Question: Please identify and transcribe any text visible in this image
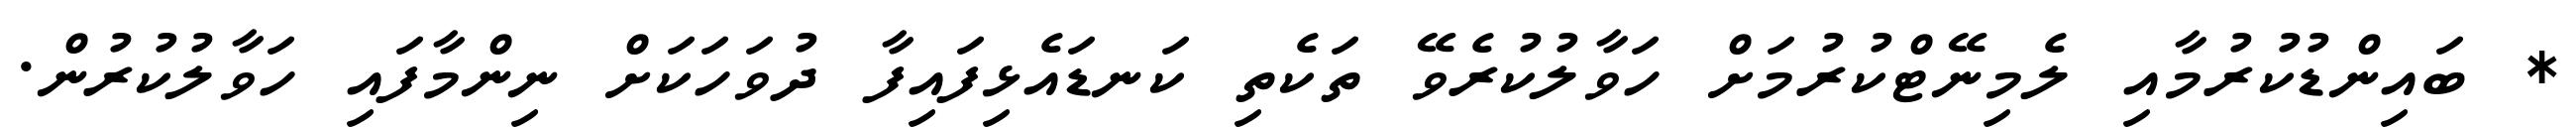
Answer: * ބައިންޑުކުރުމާއި ލެމިނޭޓްކުރުމަށް ހަވާލުކުރެވޭ ތަކެތި ކަނޑައެޅިފައިފާ ދުވަހަކަށް ނިންމާފައި ހަވާލުކުރުން.